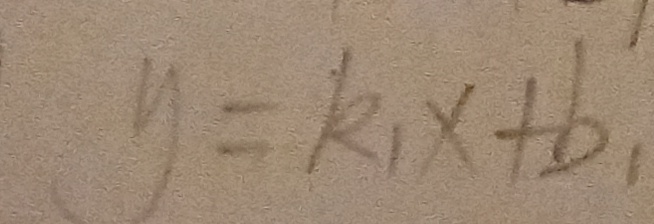
y = k _ { 1 } x + b _ { 1 }